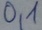
Text: 0,1